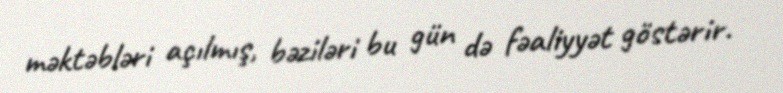
məktəbləri açılmış, bəziləri bu gün də fəaliyyət göstərir.